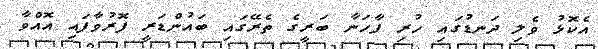
އެކޮޅު ވެލި ދަނޑުގައި ހުރި ފާހަނާ ބަރީގެ ތެރޭގައި ބައުންޑަރީ ފޮރުވާފައި އޮއްވާ